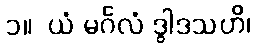
၁။  ယံ မင်္ဂလံ ဒွါဒသဟိ၊